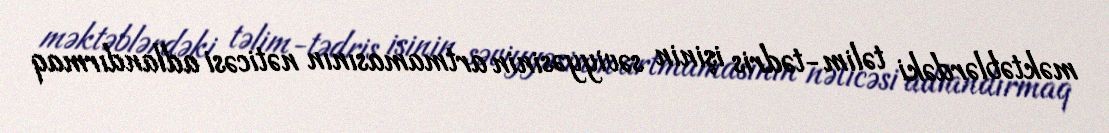
məktəblərdəki təlim-tədris işinin səviyyəsinin artmamasının nəticəsi adlandırmaq